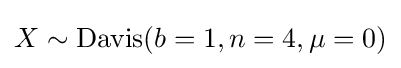
X\sim \mathrm {Davis} (b=1,n=4,\mu =0)